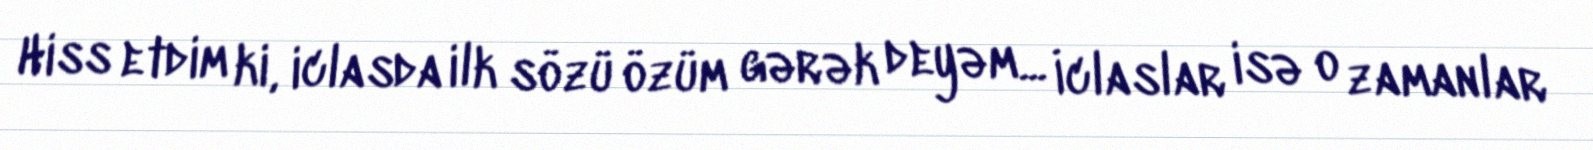
Hiss etdim ki, iclasda ilk sözü özüm gərək deyəm... İclaslar isə o zamanlar